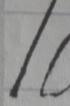
Signature authenticity: forged